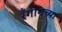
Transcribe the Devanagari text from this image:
रँगीगच्या